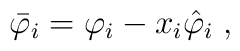
\bar \varphi_i = \varphi _i - x_i \hat \varphi_i \; ,